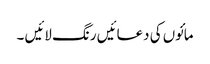
مائوں کی دعائیں رنگ لائیں ۔